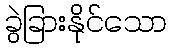
ခွဲခြားနိုင်သော